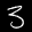
Label: 3